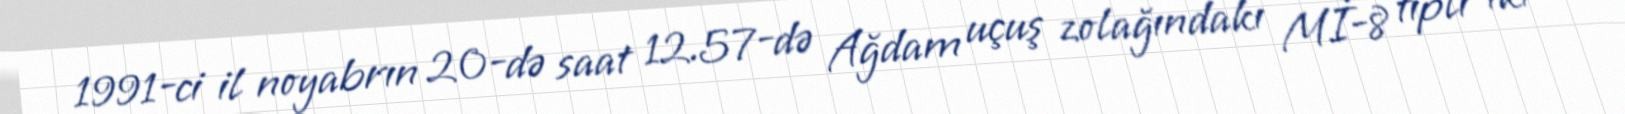
1991-ci il noyabrın 20-də saat 12.57-də Ağdam uçuş zolağındakı Mİ-8 tipli iki